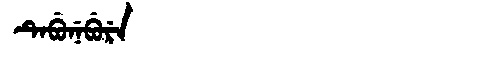
Manchu: ᡨᡝᠪᡠᠨᡝᠪᡠᡵᡝ
Romanization: TEBUNEBURE